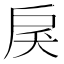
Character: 𢨾